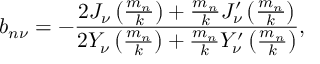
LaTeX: b _ { n \nu } = - \frac { 2 J _ { \nu } \left( \frac { m _ { n } } { k } \right) + \frac { m _ { n } } { k } J _ { \nu } ^ { \prime } \left( \frac { m _ { n } } { k } \right) } { 2 Y _ { \nu } \left( \frac { m _ { n } } { k } \right) + \frac { m _ { n } } { k } Y _ { \nu } ^ { \prime } \left( \frac { m _ { n } } { k } \right) } ,